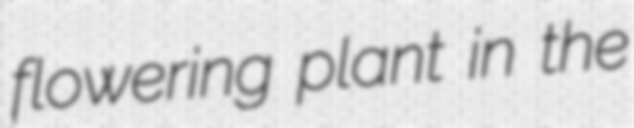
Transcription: flowering plant in the